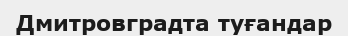
Дмитровградта туғандар